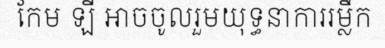
កែម ឡី អាចចូលរួមយុទ្ធនាការរម្លឹក